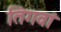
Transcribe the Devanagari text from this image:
तिगवां